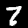
Label: 7